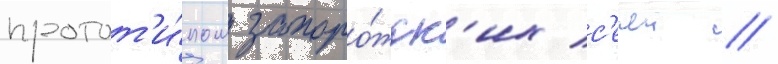
протот'и́пом запоро́жск'их с'ечеи //